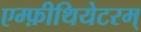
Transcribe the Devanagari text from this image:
एम्फ़ीथियेटरम्